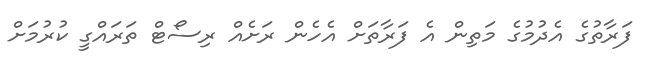
ފަރާތުގެ އެދުމުގެ މަތިން އެ ފަރާތަށް އެހެން ރަށެއް ރިސޯޓް ތަރައްގީ ކުރުމަށް